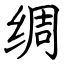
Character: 绸